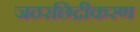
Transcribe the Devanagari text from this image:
जठरछिद्रीकरण